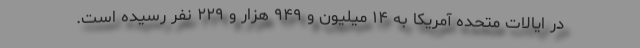
در ایالات متحده آمریکا به ۱۴ میلیون و ۹۴۹ هزار و ۲۲۹ نفر رسیده است.